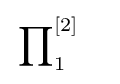
\sideset {}{_{1}^{\left[2\right]}\quad }\prod